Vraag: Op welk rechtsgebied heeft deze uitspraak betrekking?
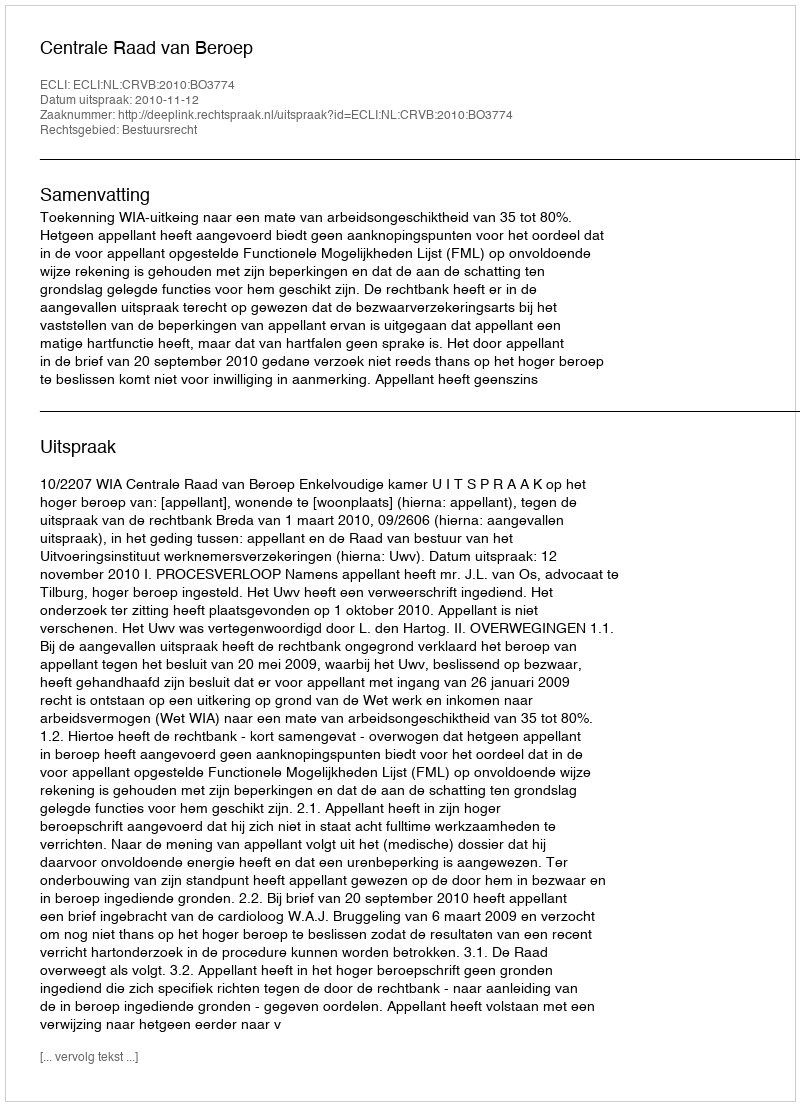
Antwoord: Bestuursrecht